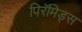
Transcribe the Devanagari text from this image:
पिरॅमिड्स